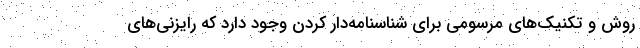
روش و تکنیک‌های مرسومی برای شناسنامه‌دار کردن وجود دارد که رایزنی‌های